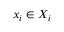
x _ { i } \in X _ { i }